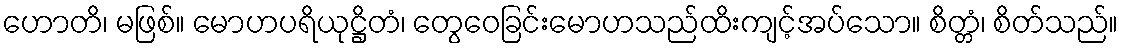
ဟောတိ၊ မဖြစ်။ မောဟပရိယုဋ္ဌိတံ၊ တွေဝေခြင်းမောဟသည်ထိးကျင့်အပ်သော။ စိတ္တံ၊ စိတ်သည်။